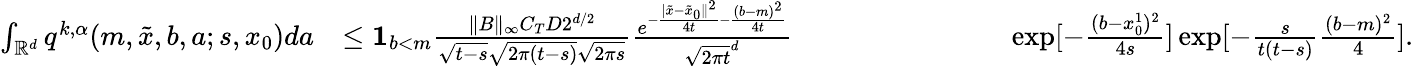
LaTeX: \begin{array}{rlr}{\int_{\mathbb{R}^{d}}q^{k,\alpha}(m,\tilde{x},b,a;s,x_{0})da}&{\leq{\mathbf 1}_{b<m}\frac{\| B\| _{\infty}C_{T}D2^{d/2}}{\sqrt{t-s}\sqrt{2\pi(t-s)}\sqrt{2\pi s}}\frac{e^{-\frac{|\tilde{x}-\tilde{x}_{0}\| ^{2}}{4t}-\frac{(b-m)^{2}}{4t}}}{\sqrt{2\pi t}^{d}}\ ~~~~~~~~~~~~~~~~~~~~~~~~~~}&{\exp[-\frac{(b-x_{0}^{1})^{2}}{4s}]\exp[-\frac{s}{t(t-s)}\frac{(b-m)^{2}}{4}].}\end{array}